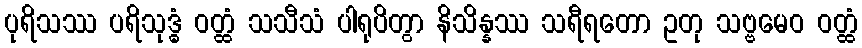
ပုရိသဿ ပရိသုဒ္ဓံ ဝတ္ထံ သသီသံ ပါရုပိတွာ နိသိန္နဿ သရီရတော ဥတု သဗ္ဗမေဝ ဝတ္ထံ